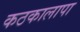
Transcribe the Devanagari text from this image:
कठकालापा